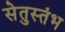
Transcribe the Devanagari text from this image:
सेतुस्तंभ